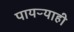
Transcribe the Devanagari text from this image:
पायऱ्याही